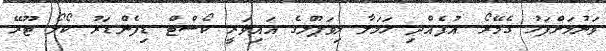
ވަނުމަށްފަހު ގެމޭރޯ އުފެއްދި ހަމަލާ ލިވަޕޫލްގެ އައިވަރީ ކޯސްޓް ޑިފެންޑަރު ކޯލޯ ޓޫރޭ